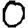
Digit: 0